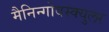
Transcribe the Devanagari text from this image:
मैनिन्गोवस्क्युलर